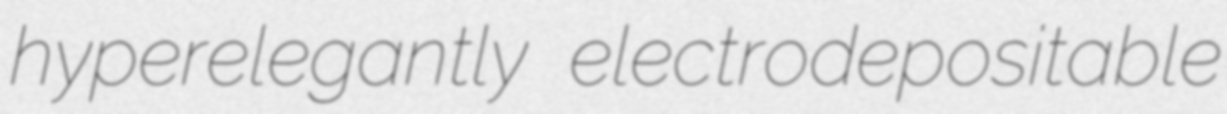
hyperelegantly electrodepositable